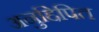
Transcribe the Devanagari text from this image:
अनुद्दिपित